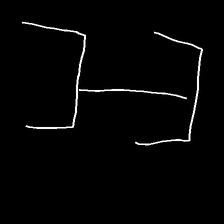
Glyph: entwine